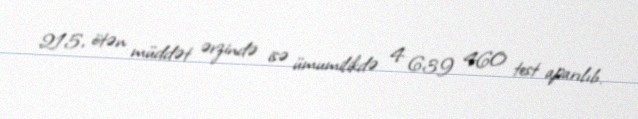
215, ötən müddət ərzində isə ümumilikdə 4 639 460 test aparılıb.